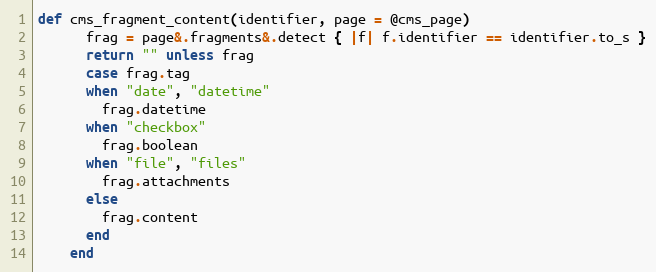
Language: Ruby
def cms_fragment_content(identifier, page = @cms_page)
      frag = page&.fragments&.detect { |f| f.identifier == identifier.to_s }
      return "" unless frag
      case frag.tag
      when "date", "datetime"
        frag.datetime
      when "checkbox"
        frag.boolean
      when "file", "files"
        frag.attachments
      else
        frag.content
      end
    end